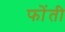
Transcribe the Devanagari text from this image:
फोंती